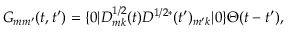
G _ { m m ^ { \prime } } ( t , t ^ { \prime } ) = \{ 0 | D _ { m k } ^ { 1 / 2 } ( t ) D ^ { 1 / 2 * } ( t ^ { \prime } ) _ { m ^ { \prime } k } | 0 \} \Theta ( t - t ^ { \prime } ) ,